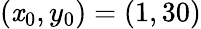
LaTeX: (\mathit{x}_{0},y_{0})=(1,30)